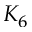
K _ { 6 }